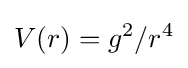
V(r)=g^{2}/r^{4}